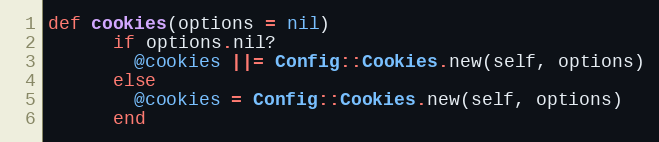
Language: Ruby
def cookies(options = nil)
      if options.nil?
        @cookies ||= Config::Cookies.new(self, options)
      else
        @cookies = Config::Cookies.new(self, options)
      end